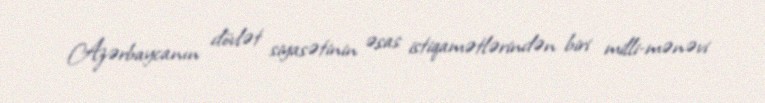
Azərbaycanın dövlət siyasətinin əsas istiqamətlərindən biri milli-mənəvi